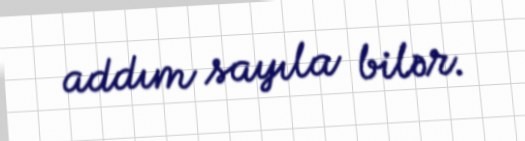
addım sayıla bilər.